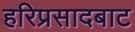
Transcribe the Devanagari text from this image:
हरिप्रसादबाट